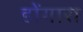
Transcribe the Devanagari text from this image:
डोंगारा